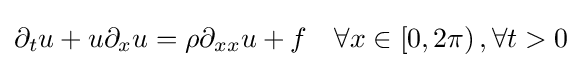
\partial _{t}u+u\partial _{x}u=\rho \partial _{xx}u+f\quad \forall x\in \left[0,2\pi \right),\forall t>0